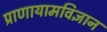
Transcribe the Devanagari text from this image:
प्राणायामविज्ञान